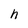
Character: h